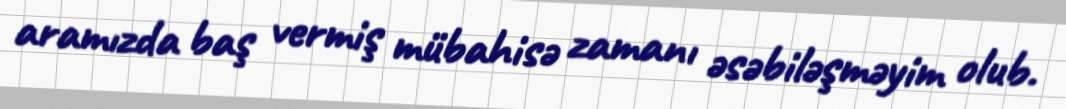
aramızda baş vermiş mübahisə zamanı əsəbiləşməyim olub.